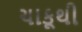
ચાકૂથી